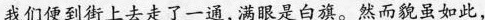
我们便到街上去走了一通，满眼是白旗。然而貌虽如此，